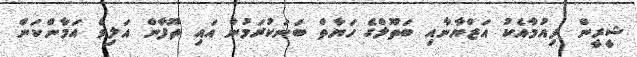
ޝީރީން ދިއުމާއެކު އަޒްޔާނާއި ބަތޫލްގެ ހަޔާތް ބަނަކުރަމުން އައި ތޫފާން އަލިވެ އަމާންކަން